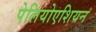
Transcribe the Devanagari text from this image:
पेलियोएशियन